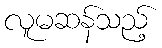
လူမဆန်သည့်